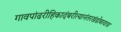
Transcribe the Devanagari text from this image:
गावपांढरीहिकादंबरीत्यानंतरखंडोबायात्रा